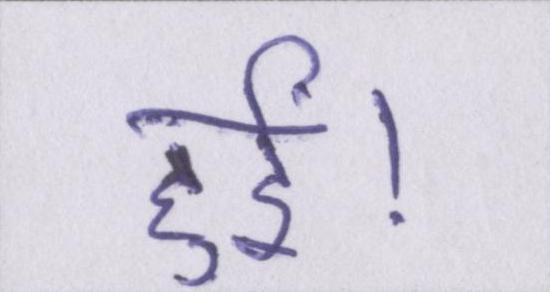
हुईं।